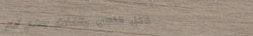
محل الذهب والفضة يفتح أبو